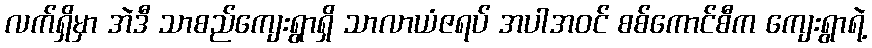
လက်ရှိမှာ အဲဒီ သာစည်ကျေးရွာရှိ သာလာယံဇရပ် အပါအဝင် စစ်ကောင်စီက ကျေးရွာရဲ့